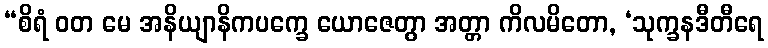
“စိရံ ဝတ မေ အနိယျာနိကပက္ခေ ယောဇေတွာ အတ္တာ ကိလမိတော, ‘သုက္ခနဒီတီရေ